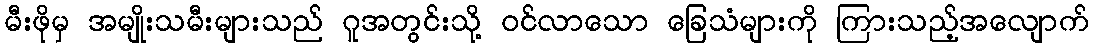
မီးဖိုမှ အမျိုးသမီးများသည် ဂူအတွင်းသို့ ဝင်လာသော ခြေသံများကို ကြားသည့်အလျောက်